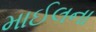
માઈલના